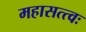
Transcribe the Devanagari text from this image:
महासत्त्वः